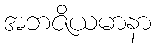
အဘဇိယမာနာ